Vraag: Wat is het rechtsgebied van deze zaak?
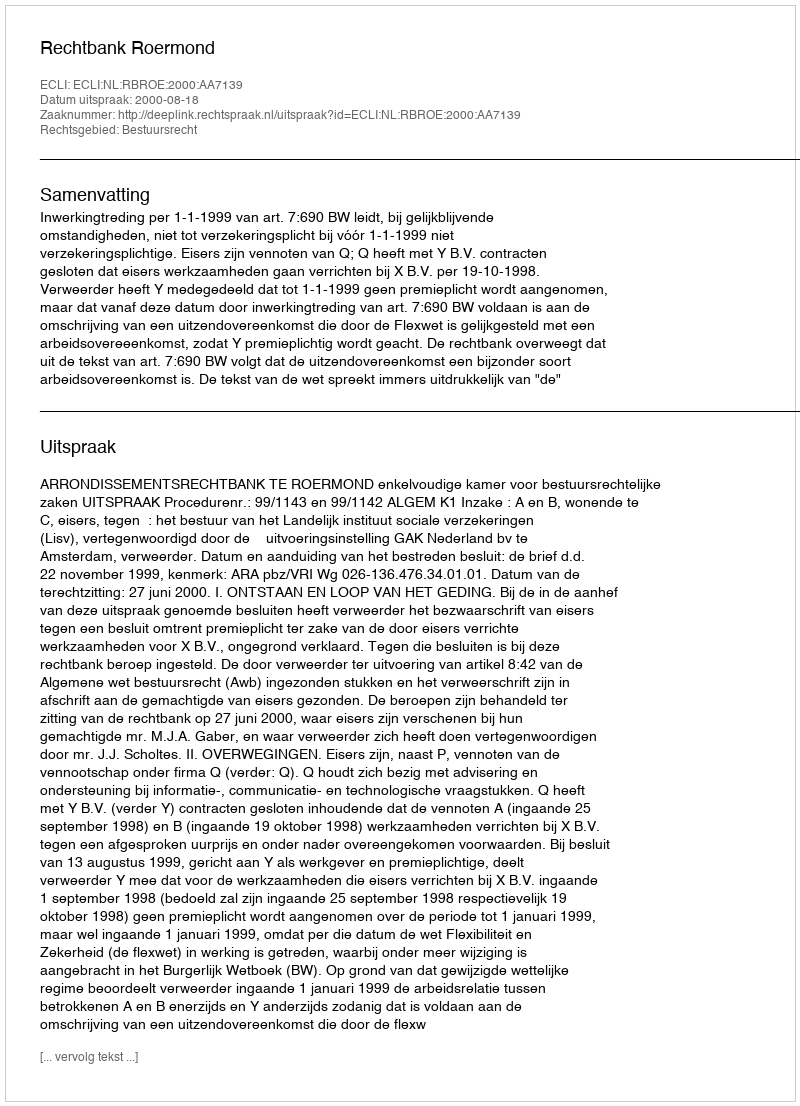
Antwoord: Bestuursrecht